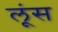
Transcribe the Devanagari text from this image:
लूंस